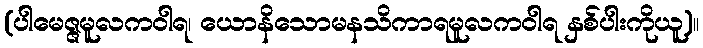
(ပါမေဇ္ဇမူလကဝါရ၊ ယောနိသောမနသိကာရမူလကဝါရ နှစ်ပါးကိုယူ)။